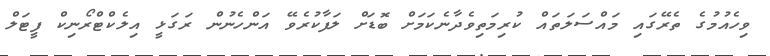
ވިހެއުމުގެ ތެރޭގައި މައްސަލަތައް ކުރިމަތިވެދާނެކަމަށް ބޮޑަށް ލަފާކުރެވޭ އަންހެނުން ރަގަޅީ އިލެކްޓްރޯނިކް ފީޓަލް